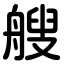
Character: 艘